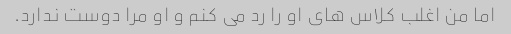
اما من اغلب کلاس های او را رد می کنم و او مرا دوست ندارد.